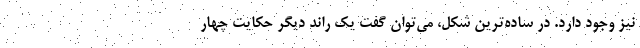
نیز وجود دارد. در ساده‌ترین شکل، می‌توان گفت یک راند دیگر حکایت چهار